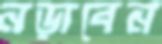
নড়াবেন